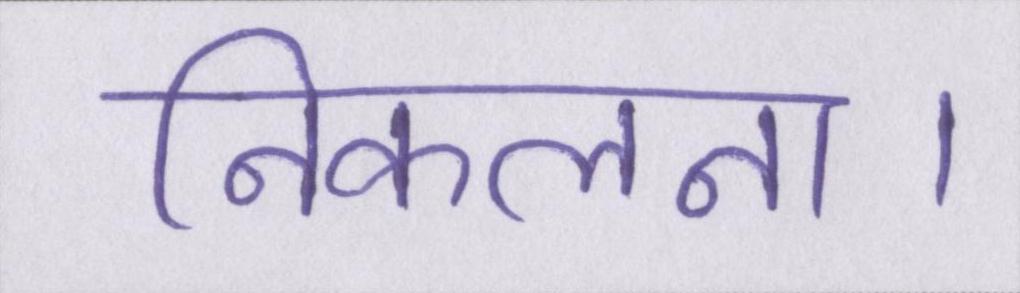
निकलना।